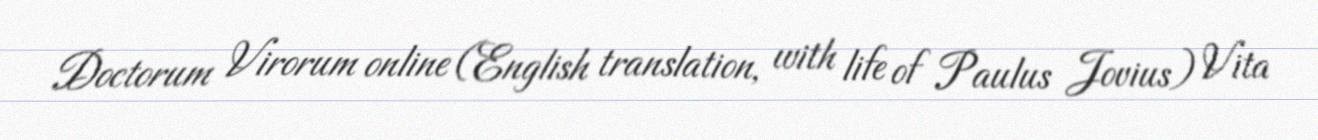
Doctorum Virorum online (English translation, with life of Paulus Jovius) Vita